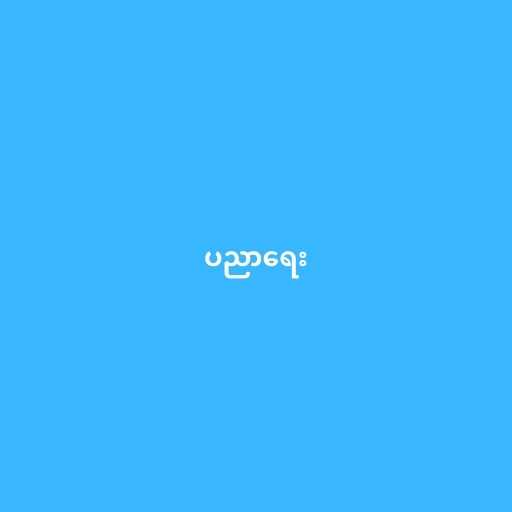
ပညာရေး